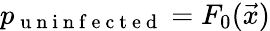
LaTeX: p_{\mathrm{~u~n~i~n~f~e~c~t~e~d~}}=F_{0}(\vec{x})